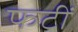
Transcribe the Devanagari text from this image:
फटीं